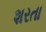
શરતા